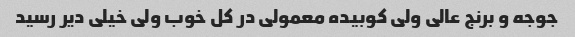
جوجه و برنج عالی ولی کوبیده معمولی در کل خوب ولی خیلی دیر رسید